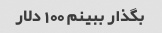
بگذار ببینم 100 دلار